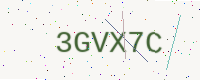
Text: 3GVX7C